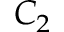
C _ { 2 }